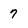
Character: 7